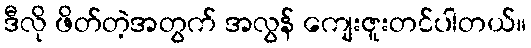
ဒီလို ဖိတ်တဲ့အတွက် အလွန် ကျေးဇူးတင်ပါတယ်။